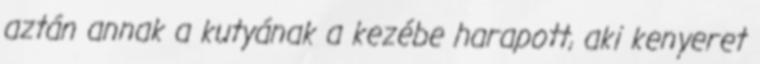
aztán annak a kutyának a kezébe harapott, aki kenyeret